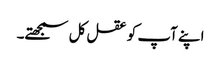
اپنے آپ کو عقل کل سمجھتے۔